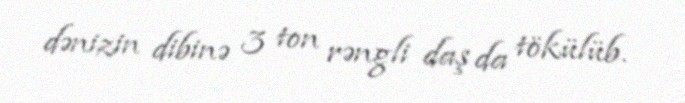
dənizin dibinə 3 ton rəngli daş da tökülüb.